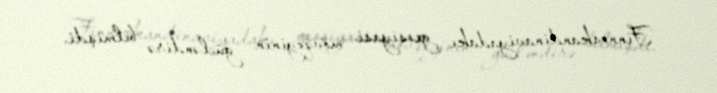
Finnoskandinaviyadakı geosiyasi mövqeyinin gücləndirə bilmişdi.